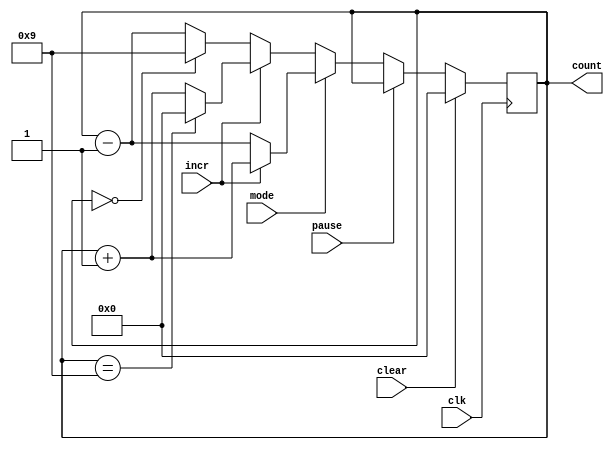
module universal_counter (clear, mode, incr, pause, clk, count);

input clear; 			/* if clear = 1, count[3:0] is reset at the positive edge of the clock*/
input mode; 			/* hexadecimal counting if mode = 1, decimal counting if otherwise */
input incr; 			/* up counting if incr = 1, down counting if incr = 0 */
input pause; 			/* counting suspended when pause = 1 */
input clk;
output reg [3:0] count; /* counter output, register type variable */

always @(posedge clk) begin
	if(clear) begin
		count <= 4'd0;
	end
	// if pause=1,the counter will stop
	else if(~pause) begin
		// count in hexidecimal
		if(mode) begin
			if(incr) 
				count <= count + 4'd1;
			else
				count <= count - 4'd1;
		end
		// count in decimal
		else begin 
			if(incr) 
				count <= (count == 4'd9) ? 4'd0 : (count + 1'd1); 
			else
				count <= (count == 4'd0) ? 4'd9 : (count - 1'd1); 
		end	
	end
end

endmodule